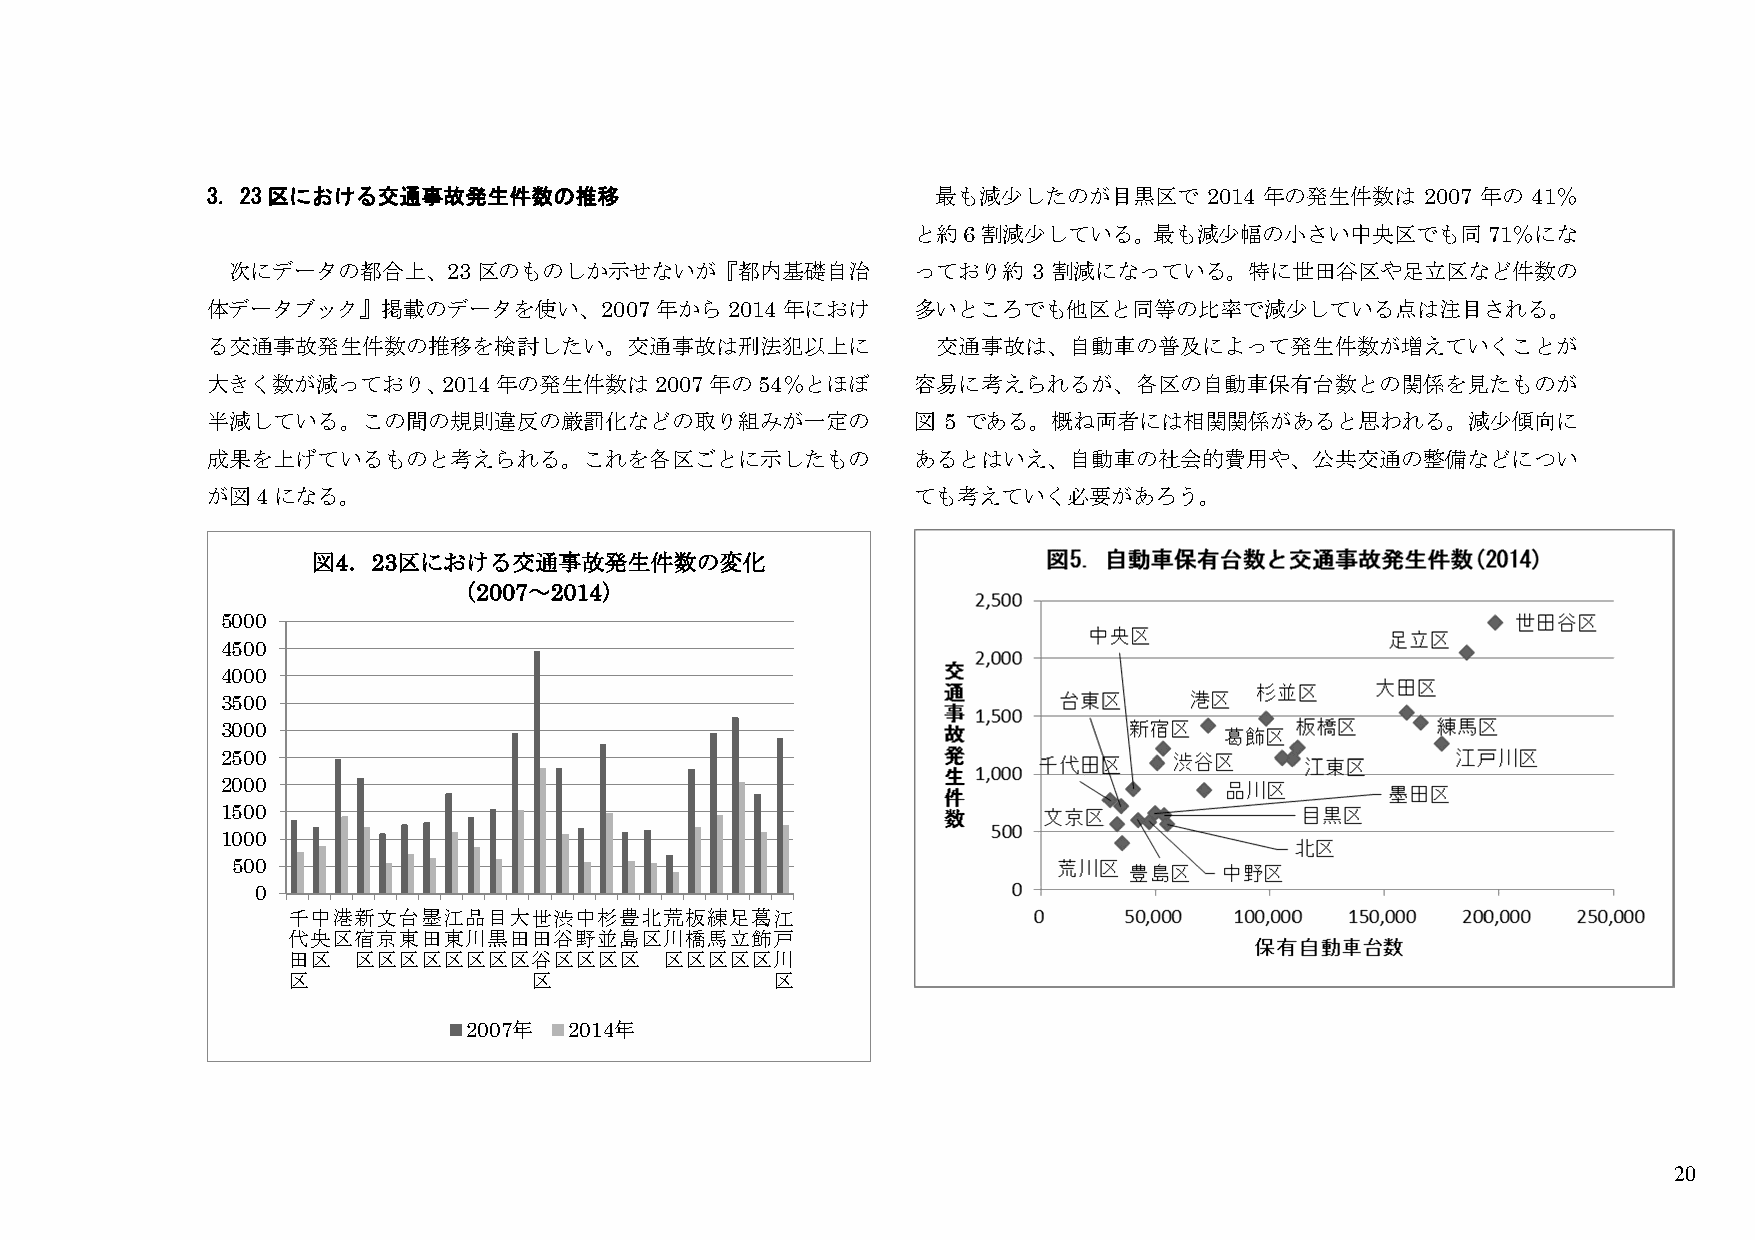
3．23区における交通事故発生件数の推移                            最も減少したのが目黒区で      2014 年の発生件数は  2007 年の 41％
 と約6割減少している。最も減少幅の小さい中央区でも同71％にな
 次にデータの都合上、23区のものしか示せないが『都内基礎自治               っており約   3 割減になっている。特に世田谷区や足立区など件数の
 体データブック』掲載のデータを使い、2007       年から2014年におけ      多いところでも他区と同等の比率で減少している点は注目される。
 る交通事故発生件数の推移を検討したい。交通事故は刑法犯以上に                  交通事故は、自動車の普及によって発生件数が増えていくことが
 大きく数が減っており、2014年の発生件数は2007年の54％とほぼ            容易に考えられるが、各区の自動車保有台数との関係を見たものが
 半減している。この間の規則違反の厳罰化などの取り組みが一定の                図 5 である。概ね両者には相関関係があると思われる。減少傾向に
 成果を上げているものと考えられる。これを各区ごとに示したもの                あるとはいえ、自動車の社会的費用や、公共交通の整備などについ
 が図4になる。                                       ても考えていく必要があろう。
 図4．23区における交通事故発生件数の変化
 （2007～2014）
 5000
 4500
 4000
 3500
 3000
 2500
 2000
 1500
 1000
 500
 0
 千中港新文台墨江品目大世渋中杉豊北荒板練足葛江
 代央区宿京東田東川黒田田谷野並島区川橋馬立飾戸
 田区  区区区区区区区区谷区区区区        区区区区区川
 区               区               区
 2007年  2014年
 20